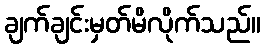
ချက်ချင်းမှတ်မိလိုက်သည်။